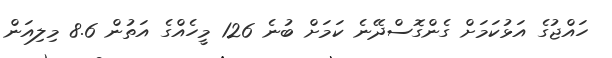
ހައްޖުގެ އަޅުކަމަށް ގެންގޮސްދޭނެ ކަމަށް ބުނެ 126 މީހެއްގެ އަތުން 8.6 މިލިއަން